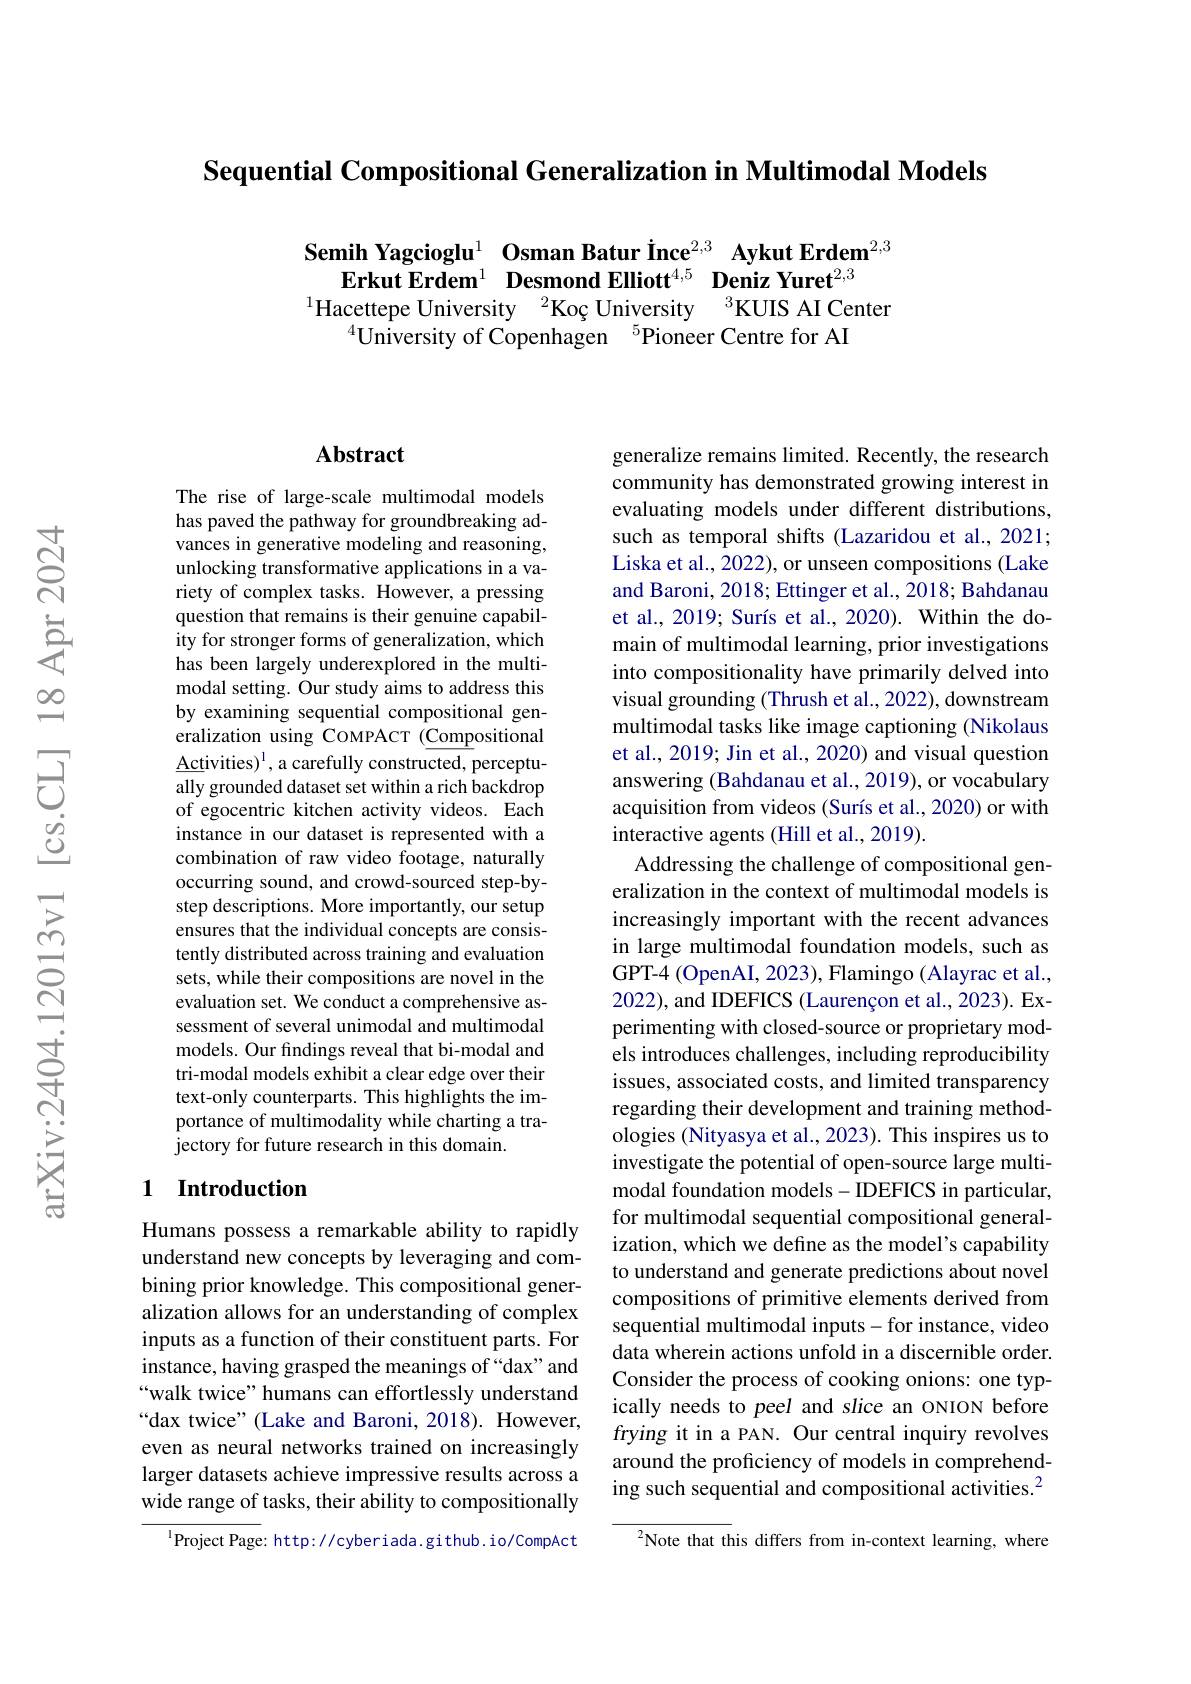
Sequential Compositional Generalization in Multimodal Models

Semih Yagcioglu$^{1}$ Osman Batur Ince$^{2,3}$ Aykut Erdem$^{2,3}$
$\textbf{Erkut Erdem}^{1}$ $\textbf{Desmond Elliott}^{4, 5}$ $\text{Deniz Yuret}^{2, 3}$
$^{1}$Hacettepe University$^2\text{Koç University}^{3}$KUIS AI Center
$^{4}$University of Copenhagen$^{5}$Pioneer Centre for AI

### Abstract

The rise of large-scale multimodal models has paved the pathway for groundbreaking advances in generative modeling and reasoning, unlocking transformative applications in a variety of complex tasks. However, a pressing question that remains is their genuine capability for stronger forms of generalization, which has been largely underexplored in the multimodal setting. Our study aims to address this by examining sequential compositional generalization using COMPACT (Compositional $\underline{\mathrm{Activities}})^{1}$,a carefully constructed, perceptually grounded dataset set within a rich backdrop of egocentric kitchen activity videos. Each instance in our dataset is represented with a combination of raw video footage, naturally occurring sound, and crowd-sourced step-bystep descriptions. More importantly, our setup ensures that the individual concepts are consistently distributed across training and evaluation sets, while their compositions are novel in the evaluation set. We conduct a comprehensive assessment of several unimodal and multimodal models. Our findings reveal that bi-modal and tri-modal models exhibit a clear edge over their text-only counterparts. This highlights the importance of multimodality while charting a trajectory for future research in this domain.

## 1 $\textbf{Introduction}$

Humans possess a remarkable ability to rapidly understand new concepts by leveraging and combining prior knowledge. This compositional generalization allows for an understanding of complex inputs as a function of their constituent parts. For instance, having grasped the meanings of “dax” and “walk twice” humans can effortlessly understand “dax twice”(Lake and Baroni, 2018). However, even as neural networks trained on increasingly larger datasets achieve impressive results across a wide range of tasks, their ability to compositionally

$^{1}$Project Page: http://cyberiada.github.io/CompAct

generalize remains limited. Recently, the research community has demonstrated growing interest in evaluating models under different distributions, such as temporal shifts (Lazaridou et al.,2021; Liska et al., 2022), or unseen compositions (Lake and Baroni, 2018; Ettinger et al., 2018; Bahdanau et al., 2019; Surís et al., 2020). Within the domain of multimodal learning, prior investigations into compositionality have primarily delved into visual grounding (Thrush et al., 2022), downstream multimodal tasks like image captioning (Nikolaus et al., 2019; Jin et al., 2020) and visual question answering (Bahdanau et al., 2019), or vocabulary acquisition from videos (Surís et al., 2020) or with interactive agents (Hill et al., 2019).
Addressing the challenge of compositional generalization in the context of multimodal models is increasingly important with the recent advances in large multimodal foundation models, such as GPT-4 (OpenAI, 2023), Flamingo (Alayrac et al., 2022), and IDEFICS (Laurençon et al., 2023). Experimenting with closed-source or proprietary models introduces challenges, including reproducibility issues, associated costs, and limited transparency regarding their development and training methodologies (Nityasya et al., 2023). This inspires us to investigate the potential of open-source large multimodal foundation models -IDEFICS in particular, for multimodal sequential compositional generalization, which we define as the model's capability to understand and generate predictions about novel compositions of primitive elements derived from sequential multimodal inputs-for instance, video data wherein actions unfold in a discernible order. Consider the process of cooking onions: one typically needs to peel and slice an ONION before frying it in a PAN. Our central inquiry revolves around the proficiency of models in comprehending such sequential and compositional activities.$^2$
$^{2}$Note that this differs from in-context learning, where